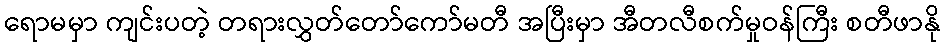
ရောမမှာ ကျင်းပတဲ့ တရားလွှတ်တော်ကော်မတီ အပြီးမှာ အီတလီစက်မှုဝန်ကြီး စတီဖာနို